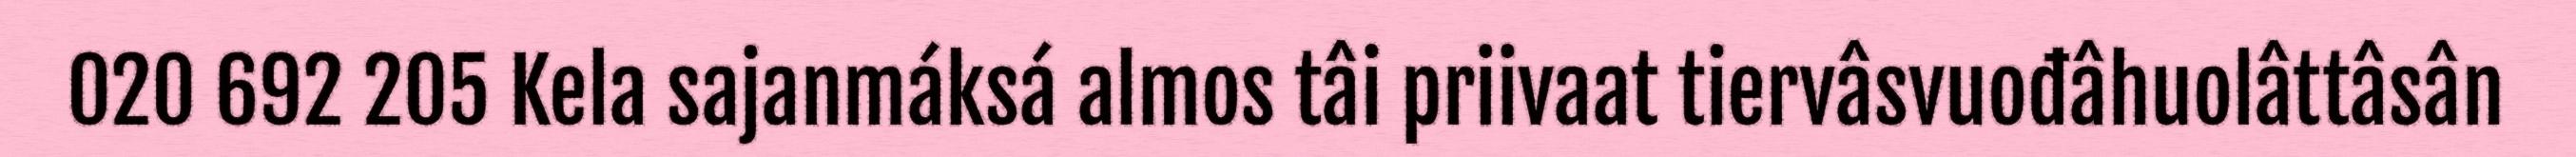
020 692 205 Kela sajanmáksá almos tâi priivaat tiervâsvuođâhuolâttâsân